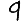
Digit: 9